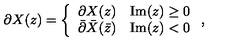
\partial X ( z ) = \left\{ \begin{array} { l l } { \partial X ( z ) } & { \mathrm { I m } ( z ) \geq 0 } \\ { \bar { \partial } \bar { X } ( \bar { z } ) } & { \mathrm { I m } ( z ) < 0 } \\ \end{array} \right. ,